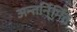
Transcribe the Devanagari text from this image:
अन्तर्नि्र्मित